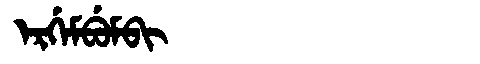
Manchu: ᡝᡵᡤᡝᠮᠪᡠᠮᠪᡳ
Romanization: ERGEMBUMBI